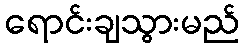
ရောင်းချသွားမည်